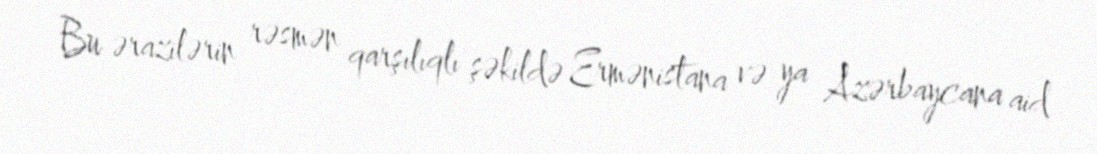
Bu ərazilərin rəsmən qarşılıqlı şəkildə Ermənistana və ya Azərbaycana aid